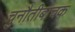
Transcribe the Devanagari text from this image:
चुनौतीबाचक